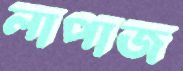
লাপাজ